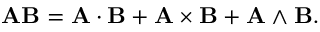
\mathbf { A } \mathbf { B } = \mathbf { A } \cdot \mathbf { B } + \mathbf { A } \times \mathbf { B } + \mathbf { A } \wedge \mathbf { B } .